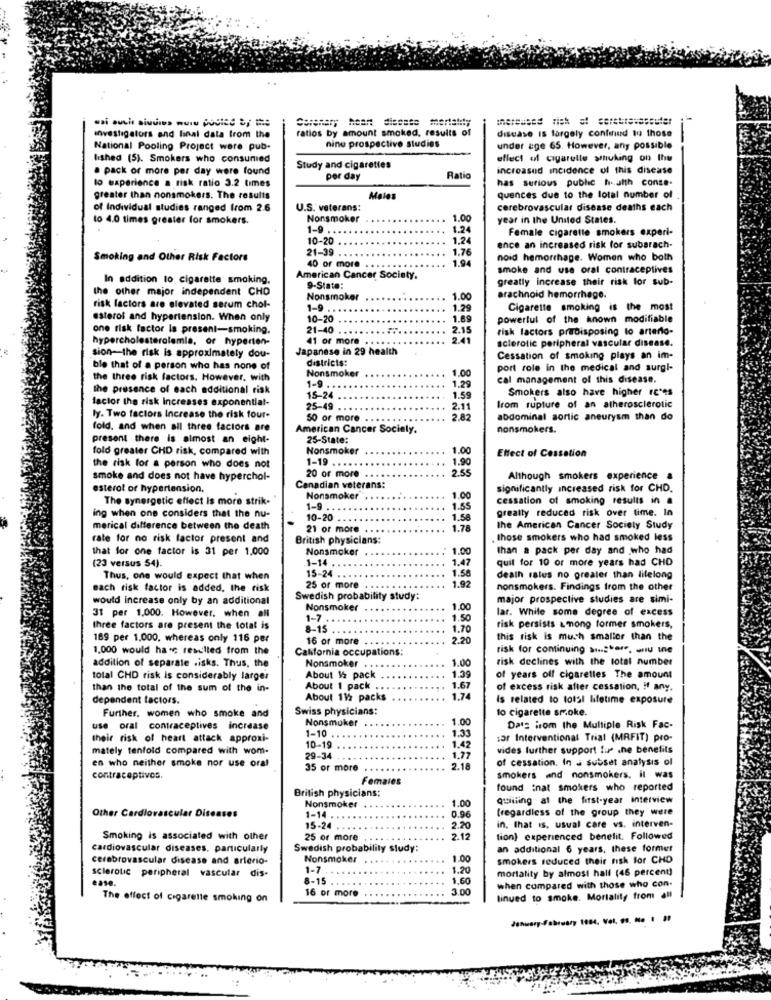
..
ratios by amount smoked, results of
disease Is largely confirund 19 those
investigators and final data from the
nine prospective studies
National Pooling Project were pub-
under age 65. However, any possible
lished (5). Smokers who consumed
effect of cigarelle smoking on the
. pack or more per day were found
Study and cigarettes
increased incidence of this disease
per day
Ratio
has serious public health conse-
lo experience a risk ratio 3.2 times
greater than nonsmokers. The results
Males
quences due to the total number of
of Individual studies ranged from 2.6
U.S. veterans:
cerebrovascular disease deaths each
to 4.0 times greater for smokers.
Nonsmoker
1.00
year in the United States.
1-9
1.24
Female cigarette smokers experi-
10-20
1.24
21-39
1.76
ence an increased risk for subarach-
Smoking and Other Risk Factors
40 or more
1.94
noid hemorrhage. Women who both
smoke and use oral contraceptives
In addition to cigarette smoking,
American Cancer Society.
greatly increase their risk for sub-
the other major independent CHD
9-State:
Nonsmoker
1.00
arachnoid hemorrhage.
risk factors are elevated serum chol-
1-9
1.29
Cigarette smoking is the most
esterol and hypertension. When only
10-20
1.89
powerful of the known modifiable
one risk factor Is present-smoking.
21-40
2.15
risk factors pradisposing to arterio-
hypercholesterolemla, or hyperten-
41 or more
2.41
sclerotic peripheral vascular disease.
sion-the risk is approximately dou-
Japanese in 29 health
districts:
Cessation of smoking plays an im-
ble that of a person who has none of
Nonsmoker
1.00
port role in the medical and surgl-
the three risk factors. However, with
1-9
1.29
cal management of this disease.
the presence of each additional risk
Smokers also have higher rc'es
factor the risk Increases exponential-
15-24
1.59
Irom rupture of an atherosclerotic
25-49
2.11
ly. Two factors Increase the risk four-
50 or more
2.82
abdominal aortic aneurysm than do
fold, and when all three factors are
American Cancer Society.
nonsmokers.
present there is almost an eight-
25-State:
fold greater CHD risk, compared with
Nonsmoker
1.00
Effect of Cessation
1-19
1.90
the risk for a person who does not
20 or more
2.55
smoke and does not have hyperchol-
Although smokers experience &
esterol of hypertension.
Canadian veterans:
significantly increased risk for CHD.
The synergetic effect is more strik-
Nonsmoker
1.00
cessation of smoking results in a
ing when one considers that the nu-
1-9
1.55
greatly reduced risk over time. In
10-20
1.58
merical difference between the death
21 or more
1.78
the American Cancer Society Study
rate for no risk factor present and
British physicians:
those smokers who had smoked less
that for one factor is 31 per 1,000
Nonsmoker
1.00
than a pack per day and who had
(23 versus 54).
1-14
1.47
quil for 10 or more years had CHD
15-24 .
1.58
Thus, one would expect that when
1.92
death rales no greater than lifelong
each risk factor is added, the risk
25 or more
nonsmokers. Findings from the other
would increase only by an additional
Swedish probability study:
major prospective studies are simi-
Nonsmoker
1.00
lar. While some degree of excess
31 per 1,000. However, when all
1-7.
1.50
three factors are present the total is
8-15
1.70
risk persists among former smokers,
169 per 1,000, whereas only 116 per
16 or more
2.20
this risk is much smaller than the
1,000 would hac reselled from the
California occupations:
risk for continuing sigter. au ie
1.00
risk declines with the total number
addition of separate .isks. Thus, the
Nonsmoker
1.39
total CHD risk is considerably larger
About 1/2 pack
of years off cigaretles The amount
than the total of the sum of the in-
About 1 pack . .
1.67
of excess risk after cessation, If any.
dependent factors.
About 112 packs
1.74
Is related to total lifetime exposure
Further, women who smoke and
Swiss physicians:
to cigarette smoke.
Nonsmoker
1.00
use oral contraceptives increase
1-10
1.33
Dass icom the Multiple Risk Fac-
their risk of heart attack approxi-
1.42
sar Interventional Trial (MRFIT) pro-
mately tenfold compared with wom-
10-19
vides further support fue the benefits
en who neither smoke nor use oral
29-34
1,77
of cessation. In . subset analysis of
35 or more
2.18
contraceptivos
Females
smokers and nonsmokers. it was
British physicians:
found :nat smokers who reported
1.00
quilling al the first-year interview
Nonsmoker
0.96
(regardless of the group they were
Other Cardiovascular Diseases
1-14
15-24
2.20
in. that is, usual care vs. interven-
Smoking is associated with other
25 or more
2.12
tion) experienced benelit. Followed
cardiovascular diseases, particularly
Swedish probability study:
an additional 6 years, these former
cerebrovascular disease and arlerio-
Nonsmoker
1.00
smokers reduced their risk for CHO
sclerotic peripheral vascular dis-
1-7
1.20
mortality by almost hall (46 percent)
ease.
8-15
1.60
when compared with those who con-
16 or more
3.00
The effect of cigarette smoking on
linued to smoke. Mortality from all
January-February 1004, Vol. 61. No ! !!